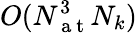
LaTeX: O(N_{\mathrm{~a~t~}}^{3}N_{k})